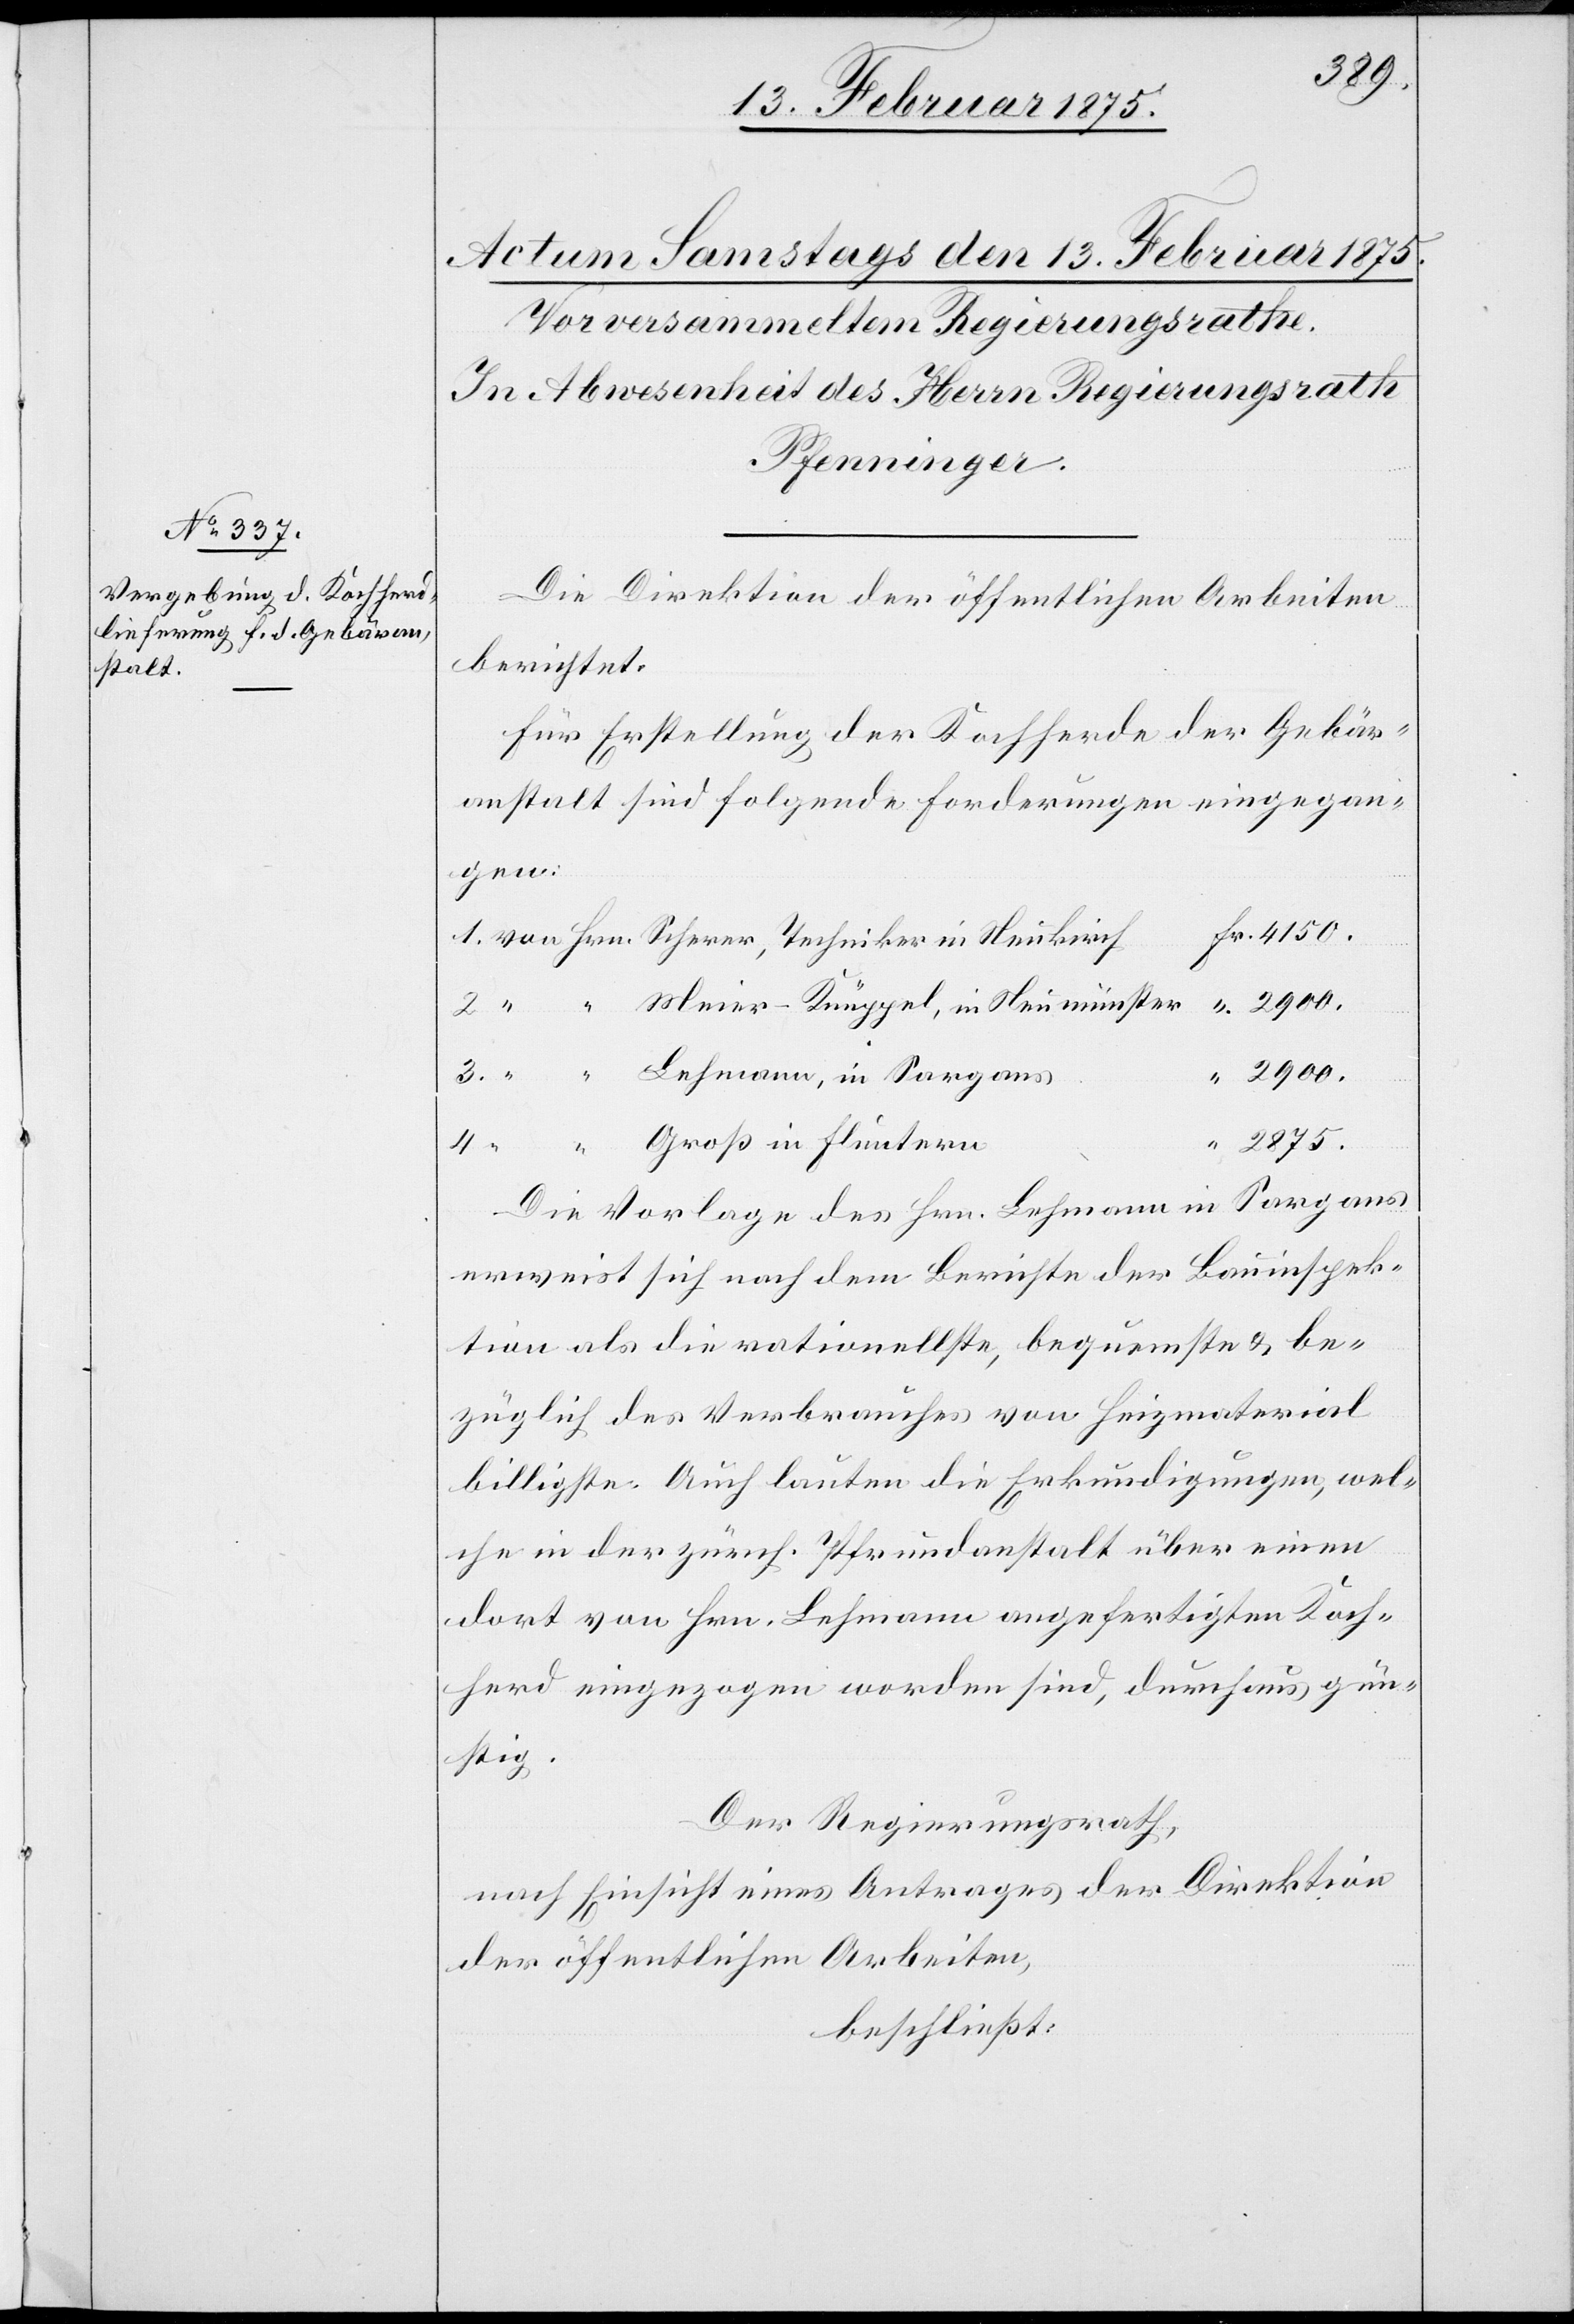
2875.
Die Direktion der öffentlichen Arbeiten
berichtet:
Für Erstellung der Kochherde der Gebär¬
anstalt sind folgende Forderungen eingegan¬
Groß
Die Vorlage des Hrn. Lehmann in Sargans
erweist sich nach dem Berichte der Bauinspek¬
tion als die rationellste, bequemste & be¬
züglich des Verbrauches von Heizmaterial
billigste. Auch lauten die Erkundigungen, wel¬
che in der zürch. Pfrundanstalt über einen
dort von Hrn. Lehmann angefertigten Koch¬
herd eingezogen worden sind, durchaus gün¬
stig.
Der Regierungsrath,
nach Einsicht eines Antrages der Direktion
der öffentlichen Arbeiten,
beschließt: